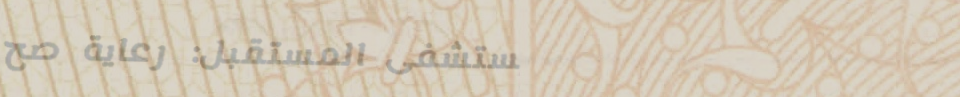
مستشفى المستقبل: رعاية صح